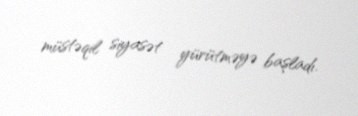
müstəqil siyasət yürütməyə başladı.